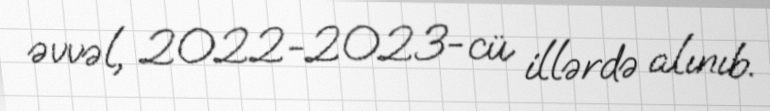
əvvəl, 2022-2023-cü illərdə alınıb.